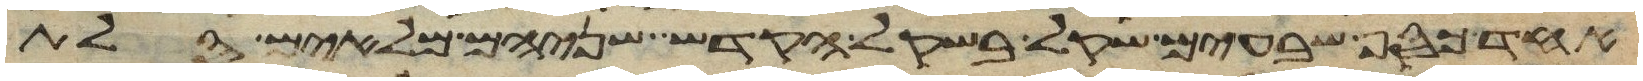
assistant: אחד כסף שבעים שקל בשקל הקדש שניהם מלאים סלת